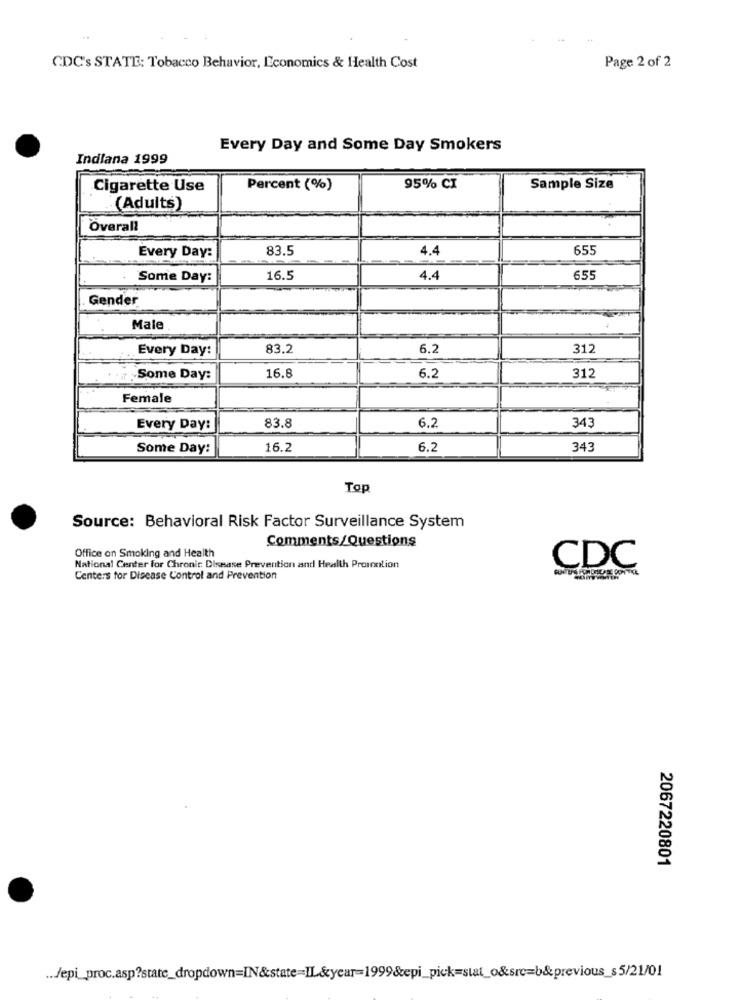
CDC's STATE: Tobacco Behavior, Economics & Health Cost
Page 2 of 2
Every Day and Some Day Smokers
Indiana 1999
Cigarette Use
Percent (%)
95% CI
Sample Size
(Adults)
Overall
Every Day:
83.5
4.4
655
Some Day:
16.5
4.4
655
Gender
Male
Every Day:
83.2
6.2
312
16.8
312
Some Day:
6.2
Female
343
Every Day:
83.8
6.2
Some Day:
16.2
6.2
343
Top
Source: Behavioral Risk Factor Surveillance System
Comments/Questions
Office on Smoking and Health
National Center for Chronic Disease Prevention and Health Promotion
CDC
Centers for Disease Control and Prevention
2067220801
... Jepi_proc.asp?state_dropdown=IN&state=IL&year=1999&epi_pick=stat_o&src=b&previous_s5/21/01